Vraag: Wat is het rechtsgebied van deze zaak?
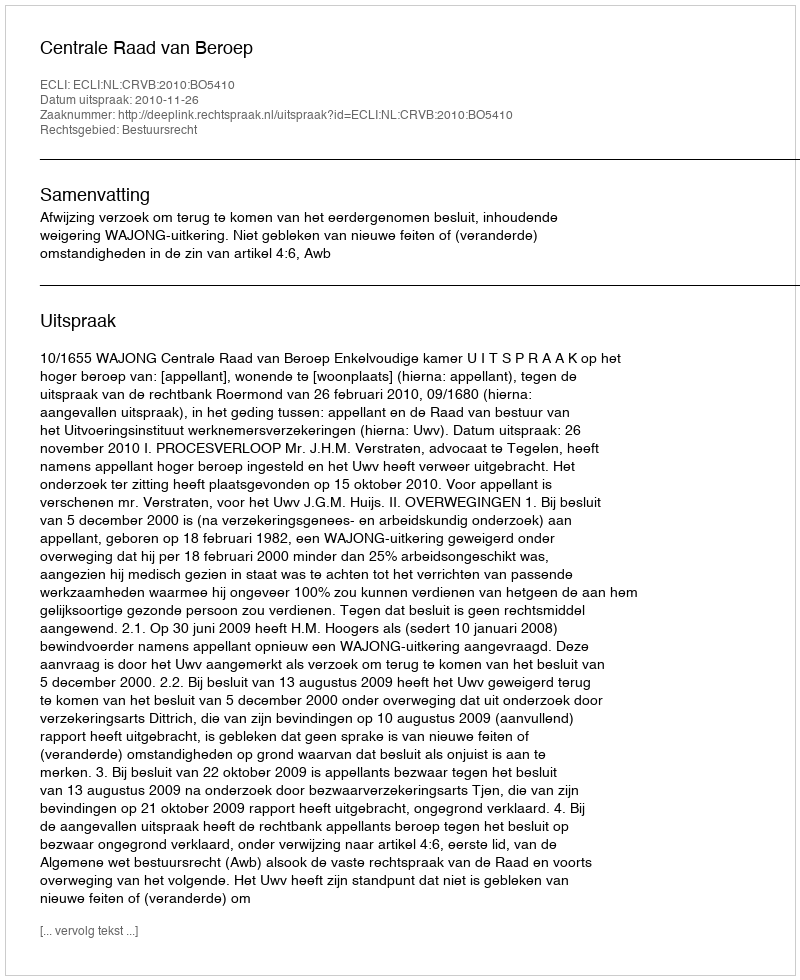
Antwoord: Bestuursrecht